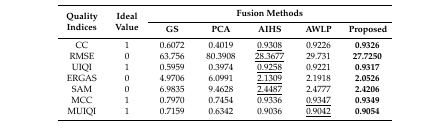
| <ROWSPAN=2> Quality Indices | <ROWSPAN=2> Ideal Value | <COLSPAN=5> Fusion Methods |
 | GS | PCA | AIHS | AWLP | Proposed |
 | --- | --- | --- | --- | --- | --- | --- |
 | CC | 1 | 0.6072 | 0.4019 | <underline>0.9308</underline> | 0.9226 | 0.9326 |
 | RMSE | 0 | 63.756 | 80.3908 | <underline>28.3677</underline> | 29.731 | 27.7250 |
 | UIQI | 1 | 0.5959 | 0.3974 | <underline>0.9258</underline> | 0.9221 | 0.9317 |
 | ERGAS | 0 | 4.9706 | 6.0991 | <underline>2.1309</underline> | 2.1918 | 2.0526 |
 | SAM | 0 | 6.9835 | 9.4628 | <underline>2.4487</underline> | 2.4777 | 2.4206 |
 | MCC | 1 | 0.7970 | 0.7454 | 0.9336 | <underline>0.9347</underline> | 0.9349 |
 | MUIQI | 1 | 0.7159 | 0.6342 | 0.9036 | <underline>0.9042</underline> | 0.9054 |